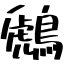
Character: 鷉